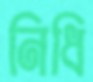
নিধি